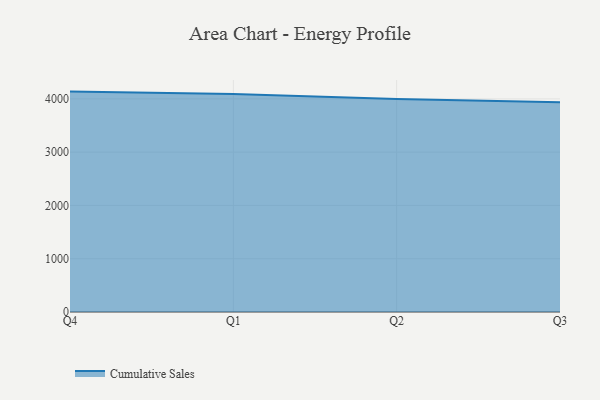
{"axis": {"x": "Quarter", "y": "Population (Million)"}, "legend": ["Cumulative Sales"], "data": [{"x": "Q4", "y": 4136.4, "type": "Cumulative Sales"}, {"x": "Q1", "y": 4092.0, "type": "Cumulative Sales"}, {"x": "Q2", "y": 3997.4, "type": "Cumulative Sales"}, {"x": "Q3", "y": 3937.9, "type": "Cumulative Sales"}]}